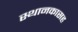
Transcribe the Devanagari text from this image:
स्थानकासह